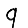
Digit: 9